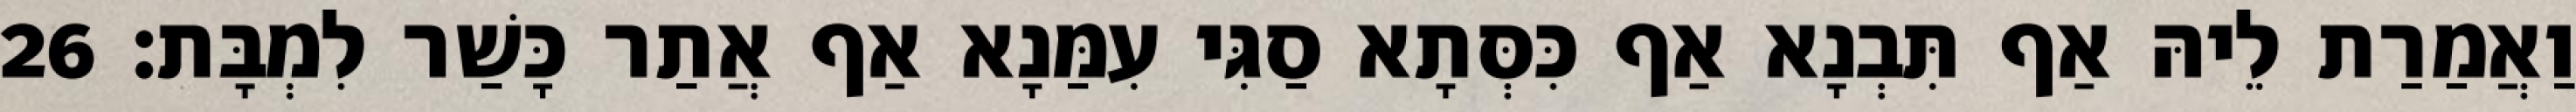
וַאֲמַרַת לֵיהּ אַף תִּבְנָא אַף כִּסְּתָא סַגִּי עִמַּנָא אַף אֲתַר כָּשַׁר לִמְבָּת׃ 26